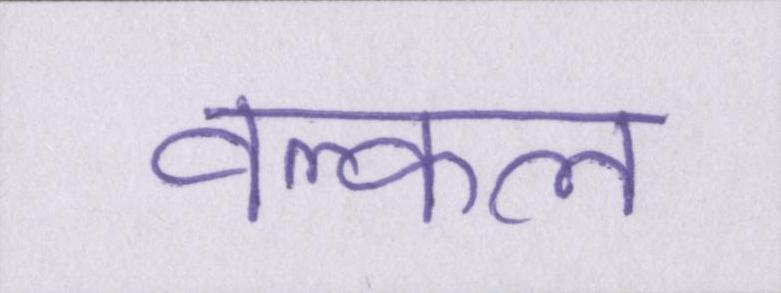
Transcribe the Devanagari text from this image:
वल्कल